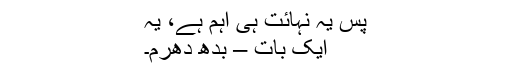
پس یہ نہائت ہی اہم ہے، یہ
ایک بات – بدھ دھرم۔